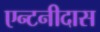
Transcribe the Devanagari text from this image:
एन्टनीदास